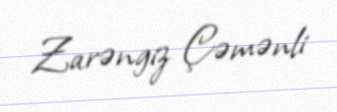
Zarəngiz Çəmənli